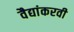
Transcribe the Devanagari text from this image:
वैद्यांकरवी